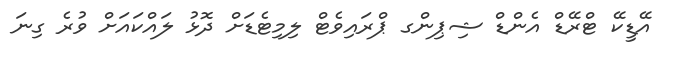
އޭޑީކޭ ޓްރޭޑް އެންޑް ޝިޕިންގ ޕްރައިވެޓް ލިމިޓެޑަށް ދޮޅު ލައްކައަށް ވުރެ ގިނަ